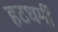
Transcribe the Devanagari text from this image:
हटधमीं